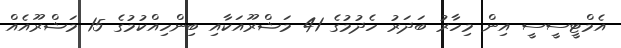
އެމްޓީސީސީ އިން މިހާރު ބަދަރު ހެދުމުގެ 41 މަޝްރޫއަކާއި ބިންހިއްކުމުގެ 15 މަޝްރޫއެއް